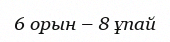
6 орын – 8 ұпай